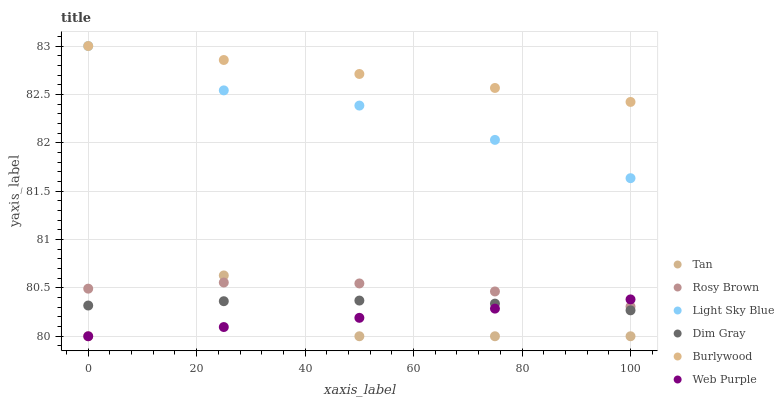
| xaxis_label | Tan | Rosy Brown | Light Sky Blue | Dim Gray | Burlywood | Web Purple |
 | --- | --- | --- | --- | --- | --- | --- |
 | 0 | 80 | 80.5 | 83 | 80.3 | 83 | 80 |
 | 25 | 80.6 | 80.6 | 82.5 | 80.4 | 82.9 | 80.1 |
 | 50 | 80 | 80.5 | 82.4 | 80.4 | 82.7 | 80.2 |
 | 75 | 80 | 80.5 | 82 | 80.3 | 82.6 | 80.3 |
 | 100 | 80 | 80.3 | 81.6 | 80.3 | 82.4 | 80.4 |